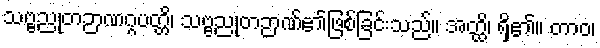
သဗ္ဗညုတဉာဏဂ္ဂပတ္တိ၊ သဗ္ဗညုတဉာဏ်၏ဖြစ်ခြင်းသည်။ အတ္ထိ၊ ရှိ၏။ တာဝ၊